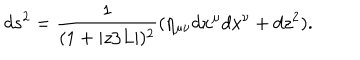
d s ^ { 2 } = \frac { 1 } { ( 1 + | z / L | ) ^ { 2 } } ( \eta _ { \mu \nu } d x ^ { \mu } d x ^ { \nu } + d z ^ { 2 } ) .